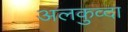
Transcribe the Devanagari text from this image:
अलकुव्दा